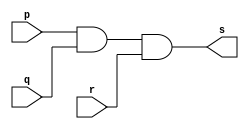
//Exercicio0008 - and
//Nome:Fernando Silva
//--------------------
//--------------------
//--andgate
//--------------------
module andgate(output [0:3]s,input [0:3] p,input [0:3] q,input[0:3] r);
assign s=((p)&(q)&(r));
endmodule //and
//--------------------
//--test andgate
//--------------------
module testeandgate;
//--------------------dados locais
reg [0:3] a ,b,c;//define registrador
wire [0:3]s;//define conexao(fio)
//--------------------instancia
andgate NOR1(s,a,b,c);
//--------------------preparaao
initial begin:start
a=4'b0001;//4 valores binarios
b=4'b0101;//4 valores binarios
c=4'b0011;//4 valores binarios
end
//---------------------parte principal
initial begin:main
$display("Exercicio0008- Fernando Silva  - 414506");
$display("Test and gate");
$display("\n a & b & c = s\n");
$monitor("%b & %b & %b = %b",a,b,c,s);
#1 a=0;b=0;c=0; //valores decimais
#1 a=4'b0010;b=4'b0001;c=4'b0011; //valores binarios
#1 a=4'd1;b=3;c=3; //decimal e decimal
#1 a=4'o5;b=2;c=3; //octal e decimal
#1 a=4'hA; b=3;c=4; //hexadecimal e decimal
#1 a=4'h9;b=4'o3;c=3; //hexadecimal e octal
end
endmodule //test andgate